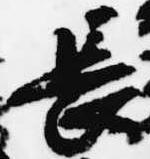
長